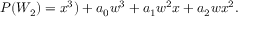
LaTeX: \begin{array} { l c r } { { P ( W _ { 2 } ) = x ^ { 3 } ) + a _ { 0 } w ^ { 3 } + a _ { 1 } w ^ { 2 } x + a _ { 2 } w x ^ { 2 } . } } \end{array}